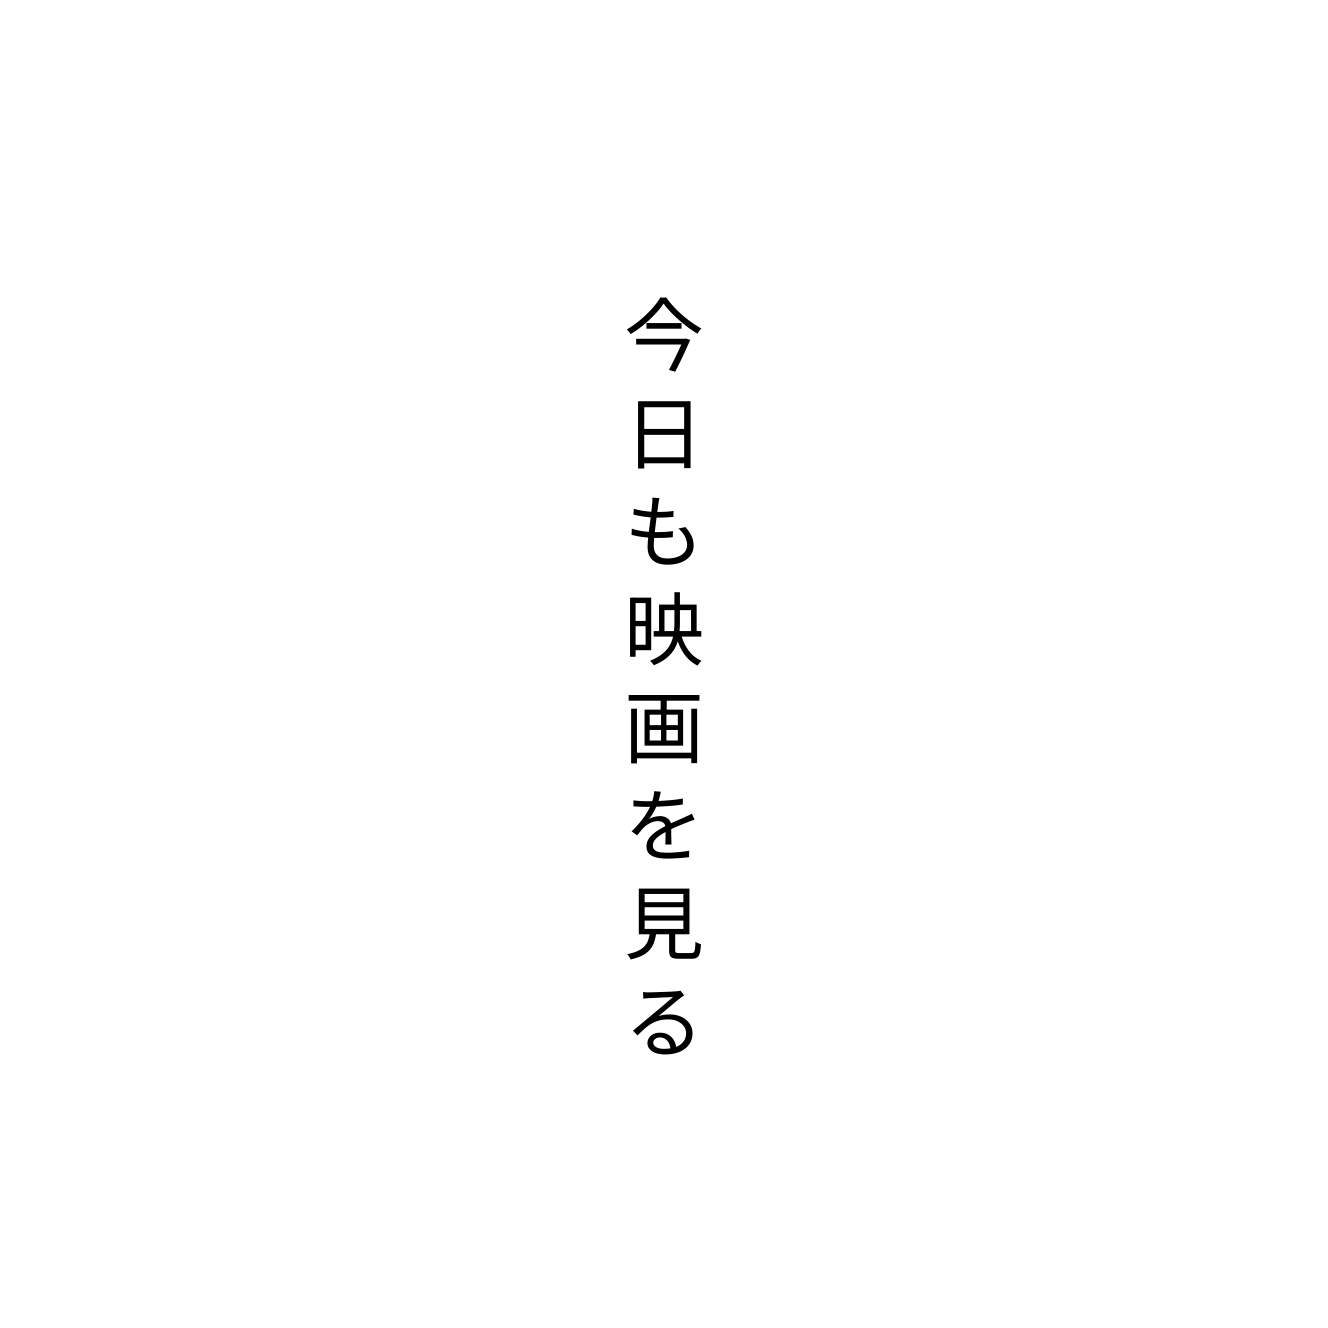
今日も映画を見る